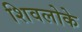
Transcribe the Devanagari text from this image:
शिवलोके